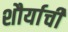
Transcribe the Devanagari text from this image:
शौर्याचीं